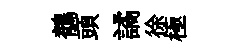
鶺頭譎徐極